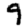
Digit: 9